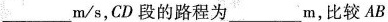
___m/s，CD段的路程为____m，比较AB